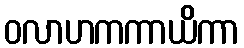
ဝလာဟကကာယိကာ